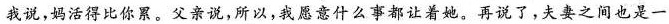
我说，妈活得比你累。父亲说，所以，我愿意什么事都让着她，再说了，夫妻之间也是一